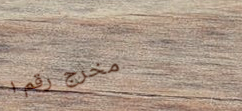
مخرج رقم ١